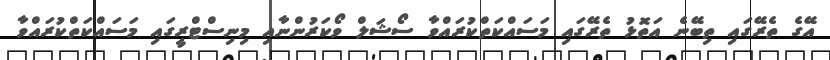
އޭގެ ތެރޭގައި ތިބޭނެ އަތޮޅު ތެރޭގައި މަސައްކަތްކުރައްވާ ސޯޝަލް ވޯކަރުންނާއި މިނިސްޓްރީގައި މަސައްކަތްކުރައްވާ